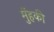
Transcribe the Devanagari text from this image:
मुँहकी